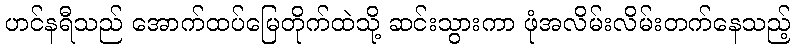
ဟင်နရီသည် အောက်ထပ်မြေတိုက်ထဲသို့ ဆင်းသွားကာ ဖုံအလိမ်းလိမ်းတက်နေသည့်